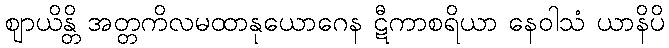
ဈာယိန္တိ အတ္တကိလမထာနုယောဂေန ဋီကာစရိယာ နေဝါသံ ယာနိပိ